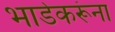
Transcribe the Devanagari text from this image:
भाडेकरूंना